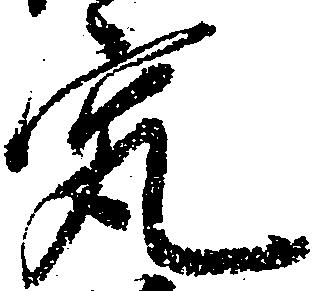
究